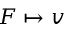
F \mapsto v